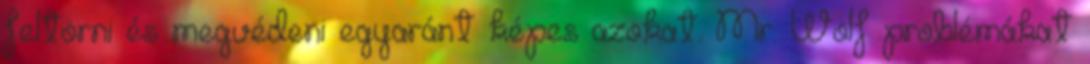
feltörni és megvédeni egyaránt képes azokat. Mr. Wolf problémákat